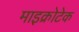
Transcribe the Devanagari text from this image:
माइक्रोटेक